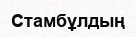
Стамбұлдың